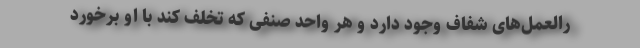
رالعمل‌های شفاف وجود دارد و هر واحد صنفی که تخلف کند با او برخورد